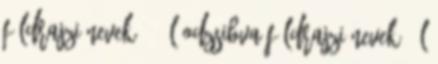
földrajzi nevek‎ 680 L odzsibva földrajzi nevek‎ 1 L